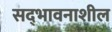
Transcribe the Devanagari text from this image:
सद्‌भावनाशील